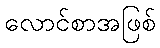
လောင်စာအဖြစ်